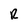
Character: R